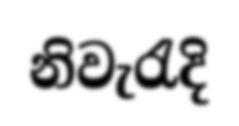
නිවැරැදි